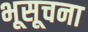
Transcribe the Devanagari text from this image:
भूसूचना